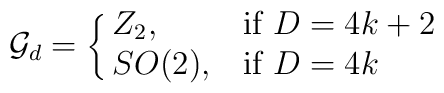
{\cal G}_d= \cases{Z_2,&if $D=4k+2$\cr	SO(2),&if $D=4k$\cr}